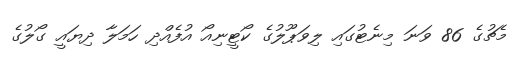
މެޗުގެ 86 ވަނަ މިނެޓުގައި ލިވަޕޫލުގެ ކޯޓީނިއޯ އުފެއްދި ހަމަލާ ދިޔައީ ގޯލުގެ